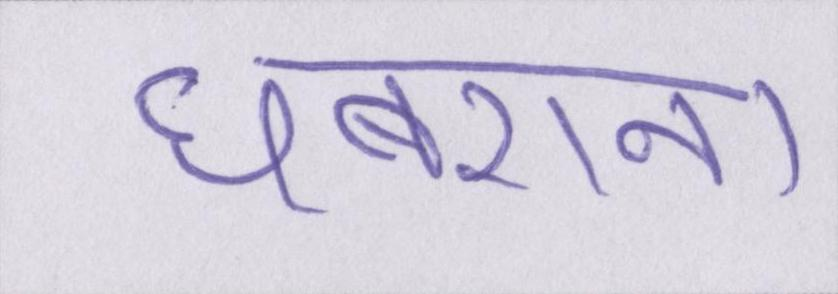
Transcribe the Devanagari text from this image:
घबराना